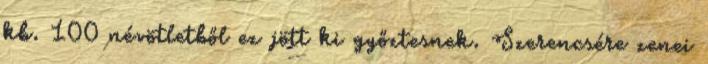
kb. 100 névötletből ez jött ki győztesnek. Szerencsére zenei